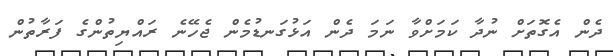
ދެން އެގޮތަށް ނުދާ ކަމަށްވާ ނަމަ ދެން އަޅުގަނޑުމެން ޖެހޭނެ ރައްޔިތުންގެ ފަރާތުން